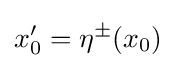
x_{0}^{\prime }=\eta ^{\pm }(x_{0})